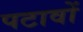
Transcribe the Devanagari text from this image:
पटावों